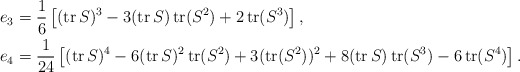
\begin{align*}e_3&=\frac16\left[(\operatorname{tr}S)^3-3(\operatorname{tr}S)\operatorname{tr}(S^2)+2\operatorname{tr}(S^3)\right],\\e_4&=\frac1{24}\left[(\operatorname{tr}S)^4-6(\operatorname{tr}S)^2\operatorname{tr}(S^2)+3(\operatorname{tr}(S^2))^2+8(\operatorname{tr}S)\operatorname{tr}(S^3)-6\operatorname{tr}(S^4)\right].\end{align*}